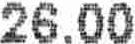
26.00